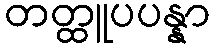
တတ္ထူပပန္နာ